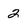
Character: 2